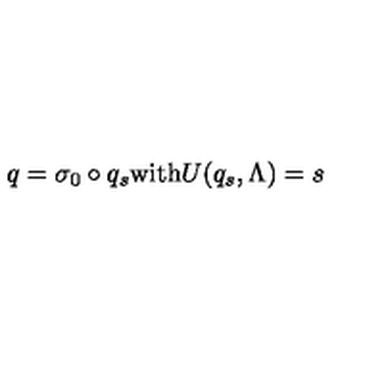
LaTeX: q = \sigma _ { 0 } \circ q _ { s } \mathrm { w i t h } U ( q _ { s } , \Lambda ) = s